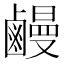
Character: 𪉽